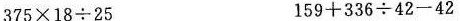
$$3 7 5 × 1 8 \div 2 5$$ $$1 5 9 + 3 3 6 \div 4 2 - 4 2$$